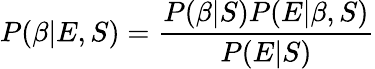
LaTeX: P(\beta|E,S)=\frac{P(\beta|S)P(E|\beta,S)}{P(E|S)}